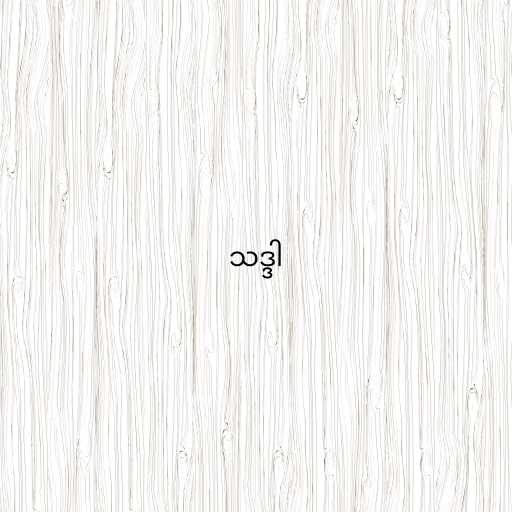
သဒ္ဒါ